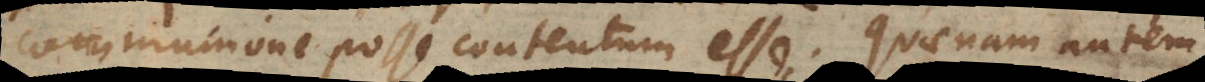
communione posse contentum esse. Quaenam autem